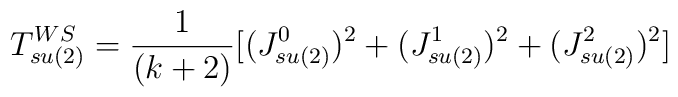
T_{su(2)}^{WS}={1\over(k+2)}[(J_{su(2)}^0)^{2}+(J_{su(2)}^{1})^{2}+(J_{su(2)}^{2}) ^{2}]